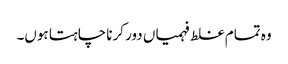
وہ تمام غلط فہمیاں دور کرنا چاہتا ہوں۔